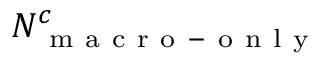
N _ { \mathrm { ~ m ~ a ~ c ~ r ~ o ~ - ~ o ~ n ~ l ~ y ~ } } ^ { c }